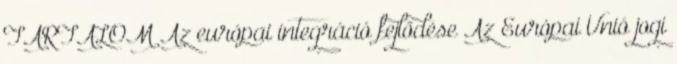
TARTALOM Az európai integráció fejlődése Az Európai Unió jogi